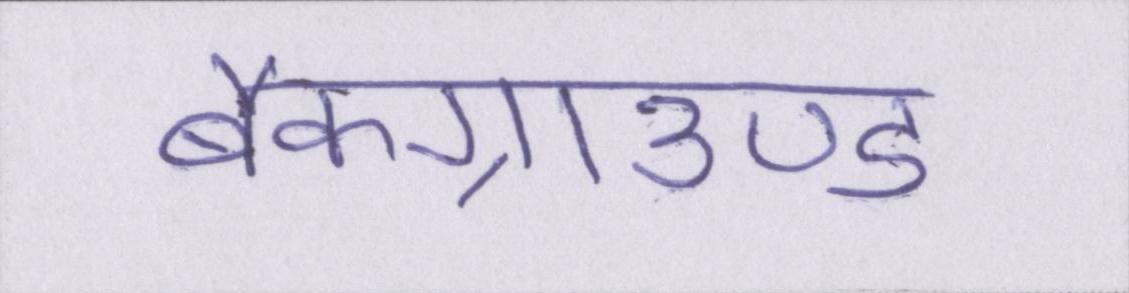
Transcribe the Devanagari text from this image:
बैकग्राउण्ड